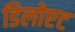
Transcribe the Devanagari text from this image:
डिलोएट